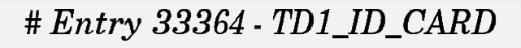
# Entry 33364 - TD1_ID_CARD